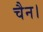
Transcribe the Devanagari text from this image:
चैन।